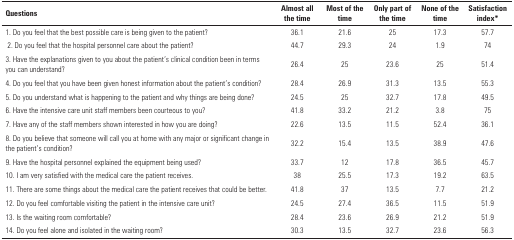
<table><thead><tr><td><b>Questions</b></td><td><b>Almost all the time</b></td><td><b>Most of the time</b></td><td><b>Only part of the time</b></td><td><b>None of the time</b></td><td><b>Satisfaction index*</b></td></tr></thead><tbody><tr><td>1. Do you feel that the best possible care is beinggiven to the patient?</td><td>36.1</td><td>21.6</td><td>25</td><td>17.3</td><td>57.7</td></tr><tr><td>2. Do you feel that the hospital personnel care aboutthe patient?</td><td>44.7</td><td>29.3</td><td>24</td><td>1.9</td><td>74</td></tr><tr><td>3. Have the explanations given to you about thepatient’s clinical condition been in terms you can understand?</td><td>26.4</td><td>25</td><td>23.6</td><td>25</td><td>51.4</td></tr><tr><td>4. Do you feel that you have been given honestinformation about the patient’s condition? </td><td>28.4</td><td>26.9</td><td>31.3</td><td>13.5</td><td>55.3</td></tr><tr><td>5. Do you understand what is happening to the patientand why things are being done?</td><td>24.5</td><td>25</td><td>32.7</td><td>17.8</td><td>49.5</td></tr><tr><td>6. Have the intensive care unit staff members beencourteous to you?</td><td>41.8</td><td>33.2</td><td>21.2</td><td>3.8</td><td>75</td></tr><tr><td>7. Have any of the staff members shown interested inhow you are doing?</td><td>22.6</td><td>13.5</td><td>11.5</td><td>52.4</td><td>36.1</td></tr><tr><td>8. Do you believe that someone will call you at homewith any major or significant change in the patient’scondition?</td><td>32.2</td><td>15.4</td><td>13.5</td><td>38.9</td><td>47.6</td></tr><tr><td>9. Have the hospital personnel explained the equipmentbeing used?</td><td>33.7</td><td>12</td><td>17.8</td><td>36.5</td><td>45.7</td></tr><tr><td>10. I am very satisfied with the medical care thepatient receives.</td><td>38</td><td>25.5</td><td>17.3</td><td>19.2</td><td>63.5</td></tr><tr><td>11. There are some things about the medical care thepatient receives that could be better.</td><td>41.8</td><td>37</td><td>13.5</td><td>7.7</td><td>21.2</td></tr><tr><td>12. Do you feel comfortable visiting the patient in theintensive care unit?</td><td>24.5</td><td>27.4</td><td>36.5</td><td>11.5</td><td>51.9</td></tr><tr><td>13. Is the waiting room comfortable?</td><td>28.4</td><td>23.6</td><td>26.9</td><td>21.2</td><td>51.9</td></tr><tr><td>14. Do you feel alone and isolated in the waiting room? </td><td>30.3</td><td>13.5</td><td>32.7</td><td>23.6</td><td>56.3</td></tr></tbody></table>